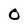
Character: O